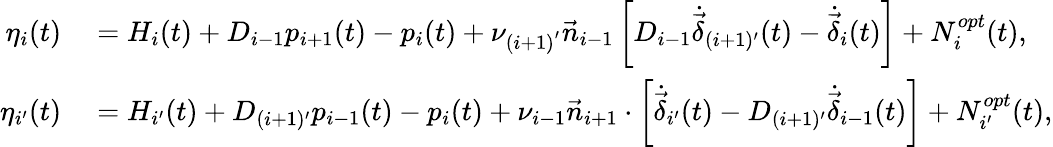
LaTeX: \begin{array}{rl}{{\eta_{i}}(t)}&{{}={H_{i}}(t)+{{D}_{i-1}}{p_{i+1}}(t)-{p_{i}}(t)+\nu_{(i+1)^{'}}{{\vec{n}}_{i-1}}\left[{{{D}_{i-1}}{{\dot{\vec{\delta}}}_{(i+1)^{\prime}}}(t)-{{\dot{\vec{\delta}}}_{i}}(t)}\right]+N_{i}^{{opt}}(t),}\\ {{\eta_{i^{\prime}}}(t)}&{{}={H_{i^{\prime}}}(t)+{{D}_{(i+1)^{\prime}}}{p_{i-1}}(t)-{p_{i}}(t)+\nu_{i-1}{{\vec{n}}_{i+1}}\cdot\left[{{{\dot{\vec{\delta}}}_{i^{\prime}}}(t)-{{D}_{(i+1)^{\prime}}}{{\dot{\vec{\delta}}}_{i-1}}(t)}\right]+N_{i^{\prime}}^{{opt}}(t),}\end{array}